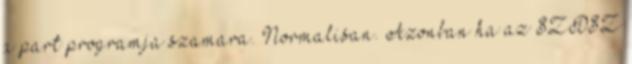
a part programja szamara. Normalisan. Azonban ha az SZDSZ